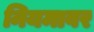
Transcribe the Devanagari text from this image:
नियमावर